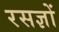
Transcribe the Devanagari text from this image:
रसज्ञों